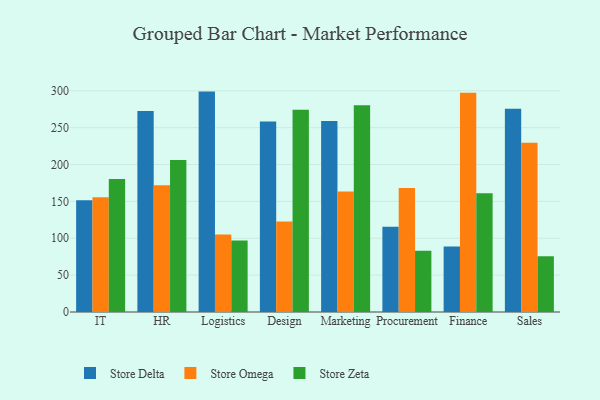
{"axis": {"x": "Department", "y": "Churn Rate (%)"}, "legend": ["Store Delta", "Store Omega", "Store Zeta"], "data": [{"x": "IT", "y": 151.6, "type": "Store Delta"}, {"x": "IT", "y": 155.5, "type": "Store Omega"}, {"x": "IT", "y": 180.5, "type": "Store Zeta"}, {"x": "HR", "y": 272.6, "type": "Store Delta"}, {"x": "HR", "y": 171.9, "type": "Store Omega"}, {"x": "HR", "y": 206.3, "type": "Store Zeta"}, {"x": "Logistics", "y": 298.9, "type": "Store Delta"}, {"x": "Logistics", "y": 105.1, "type": "Store Omega"}, {"x": "Logistics", "y": 97.1, "type": "Store Zeta"}, {"x": "Design", "y": 258.4, "type": "Store Delta"}, {"x": "Design", "y": 122.9, "type": "Store Omega"}, {"x": "Design", "y": 274.3, "type": "Store Zeta"}, {"x": "Marketing", "y": 258.9, "type": "Store Delta"}, {"x": "Marketing", "y": 163.3, "type": "Store Omega"}, {"x": "Marketing", "y": 280.5, "type": "Store Zeta"}, {"x": "Procurement", "y": 115.6, "type": "Store Delta"}, {"x": "Procurement", "y": 168.1, "type": "Store Omega"}, {"x": "Procurement", "y": 83.1, "type": "Store Zeta"}, {"x": "Finance", "y": 88.8, "type": "Store Delta"}, {"x": "Finance", "y": 297.2, "type": "Store Omega"}, {"x": "Finance", "y": 161.1, "type": "Store Zeta"}, {"x": "Sales", "y": 275.5, "type": "Store Delta"}, {"x": "Sales", "y": 229.6, "type": "Store Omega"}, {"x": "Sales", "y": 75.6, "type": "Store Zeta"}]}